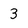
Character: 3